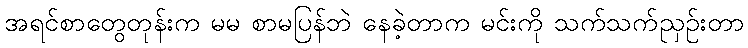
အရင်စာတွေတုန်းက မမ စာမပြန်ဘဲ နေခဲ့တာက မင်းကို သက်သက်ညှဉ်းတာ